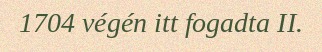
1704 végén itt fogadta II.